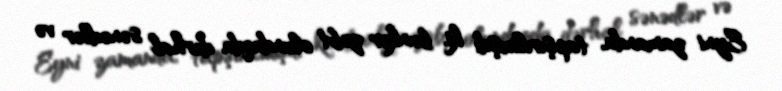
Eyni zamanda, tapşırılmışdı ki, bunker zəbt olunduqda dərhal sənədlər və